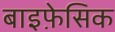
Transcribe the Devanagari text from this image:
बाइफ़ेसिक